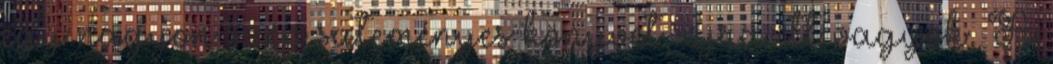
egy nagyon szép süteményes könyvet, újra itt vagyok. A